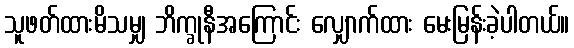
သူဖတ်ထားမိသမျှ ဘိက္ခုနီအကြောင်း လျှောက်ထား မေးမြန်းခဲ့ပါတယ်။